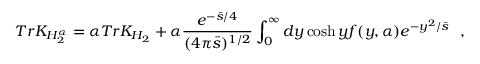
T r K _ { H _ { 2 } ^ { \alpha } } = \alpha T r K _ { H _ { 2 } } + \alpha { \frac { e ^ { - { \bar { s } / 4 } } } { ( 4 \pi \bar { s } ) ^ { 1 / 2 } } } \int _ { 0 } ^ { \infty } d y \cosh y f ( y , \alpha ) e ^ { - { y ^ { 2 } / \bar { s } } } ~ ~ ,